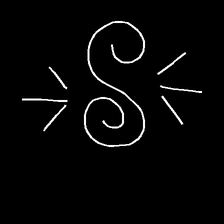
Glyph: wind-directs-air